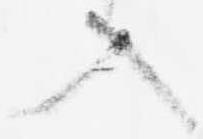
入